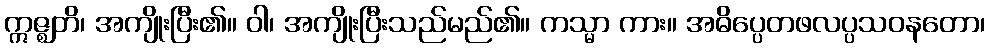
ဣဇ္ဈတိ၊ အကျိုးပြီး၏။ ဝါ၊ အကျိုးပြီးသည်မည်၏။ ကသ္မာ ကား။ အဓိပ္ပေတဖလပ္ပသဝနတော၊